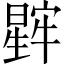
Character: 𬁖